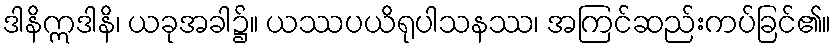
ဒါနိဣဒါနိ၊ ယခုအခါ၌။ ယဿပယိရုပါသနဿ၊ အကြင်ဆည်းကပ်ခြင်၏။